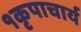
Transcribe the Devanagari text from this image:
१कृपाचार्य